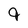
Character: 9